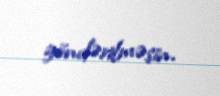
göndərilməsin.